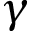
\gamma